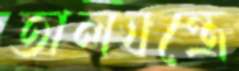
তালযন্ত্রে